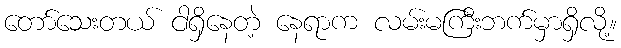
တော်သေးတယ် ငါရှိနေတဲ့ နေရာက လမ်းမကြီးဘက်မှာရှိလို့။